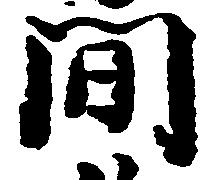
間